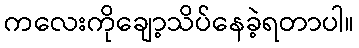
ကလေးကိုချော့သိပ်နေခဲ့ရတာပါ။